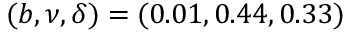
( b , \nu , \delta ) = ( 0 . 0 1 , 0 . 4 4 , 0 . 3 3 )